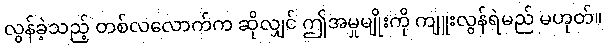
လွန်ခဲ့သည့် တစ်လလောက်က ဆိုလျှင် ဤအမှုမျိုးကို ကျူးလွန်ရဲမည် မဟုတ်။